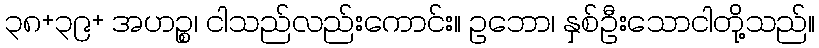
၃၈+၃၉+ အဟဉ္စ၊ ငါသည်လည်းကောင်း။ ဥဘော၊ နှစ်ဦးသောငါတို့သည်။